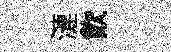
漣飮